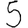
Digit: 5